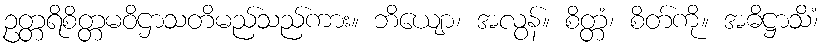
ဥတ္တရိစိတ္တမဝိဌာသတိမည်သည်ကား။ ဘိယျော၊ အလွန်။ စိတ္တံ၊ စိတ်ကို။ အဓိဋ္ဌာသိံ၊